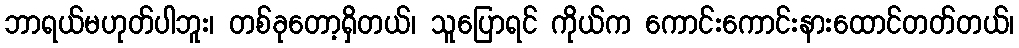
ဘာရယ်မဟုတ်ပါဘူး၊ တစ်ခုတော့ရှိတယ်၊ သူပြောရင် ကိုယ်က ကောင်းကောင်းနားထောင်တတ်တယ်၊